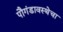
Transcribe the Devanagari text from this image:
पौगंडावस्थेचा